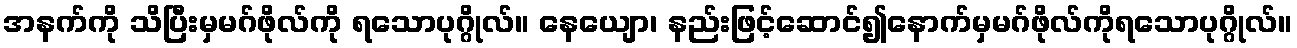
အနက်ကို သိပြီးမှမဂ်ဖိုလ်ကို ရသောပုဂ္ဂိုလ်။ နေယျော၊ နည်းဖြင့်ဆောင်၍နောက်မှမဂ်ဖိုလ်ကိုရသောပုဂ္ဂိုလ်။